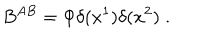
B ^ { A B } = \Phi \delta ( x ^ { 1 } ) \delta ( x ^ { 2 } ) \; .